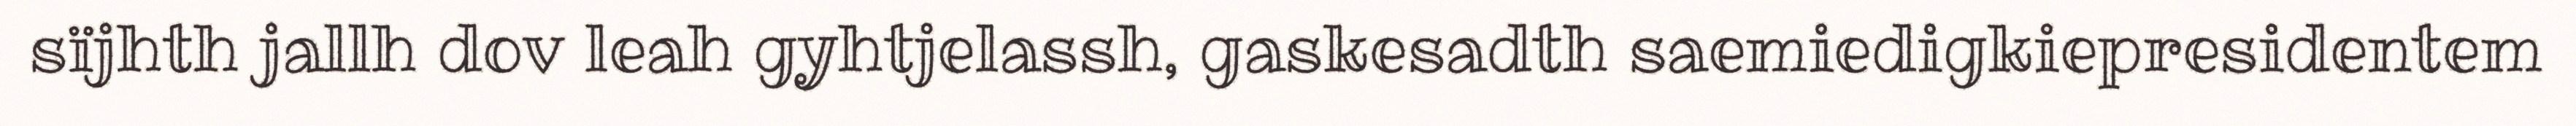
sïjhth jallh dov leah gyhtjelassh, gaskesadth saemiedigkiepresidentem